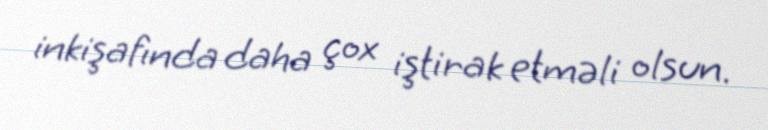
inkişafında daha çox iştirak etməli olsun.